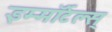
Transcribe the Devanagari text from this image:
इम्मॉर्टल्स्